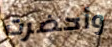
وأحضرت